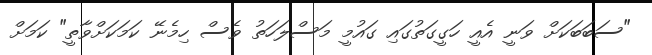
"ސަބަބަކަށް ވަނީ އެއީ ހަގީގަތުގައި ގައުމީ މަސްލަހަތު ވެސް ހިމެނޭ ކަމަކަށްވާތީ" ކަމަށް